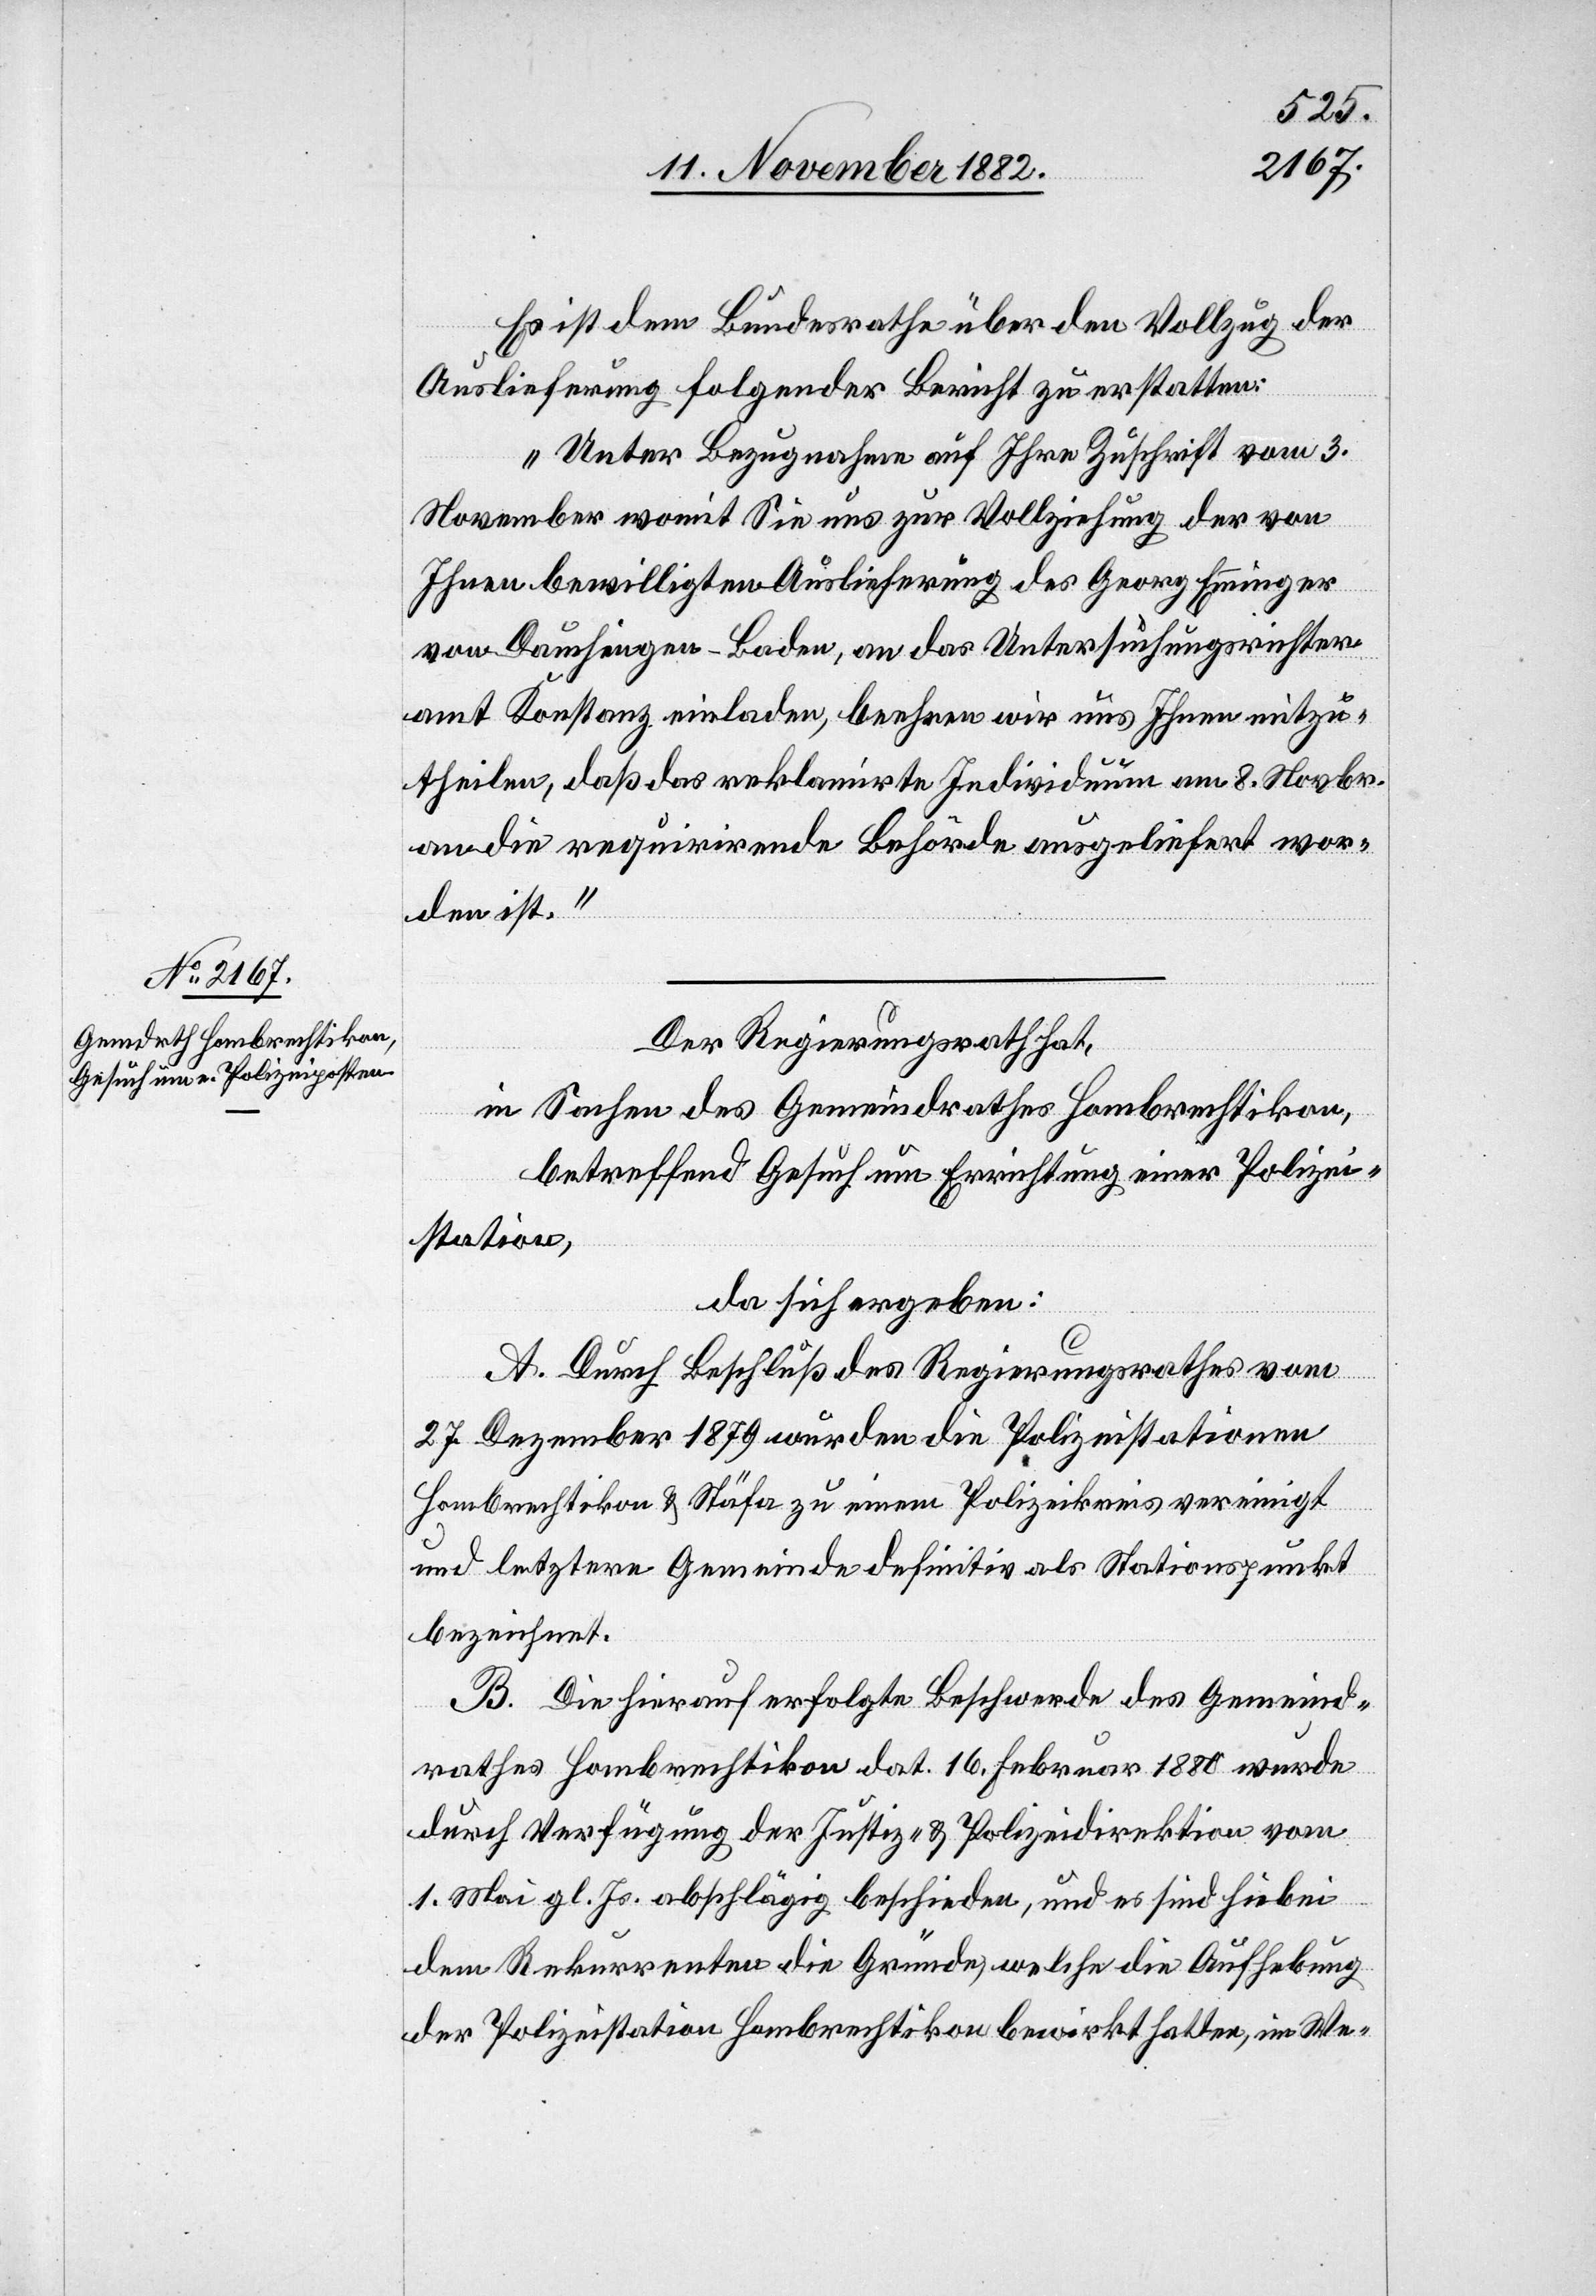
Es ist dem Bundesrathe über den Vollzug der
Auslieferung folgender Bericht zu erstatten:
„Unter Bezugnahme auf Ihre Zuschrift vom 3.
November womit Sie uns zur Vollziehung der von
Ihnen bewilligten Auslieferung des Georg Emminger
von Dauchingen - Baden, an das Untersuchungsrichter¬
amt Konstanz einladen, beehren wir uns Ihnen mitzu¬
theilen, daß das reklamirte Individuum am 8. Novbr.
an die Requirirende Behörde ausgeliefert wor¬
den ist.“
Der Regierungsrath hat,
in Sachen des Gemeindrathes Hombrechtikon,
betreffend Gesuch um Errichtung einer Polizei¬
station,
da sich ergeben:
A. Durch Beschluß des Regierungsrathes vom
27. Dezember 1879 wurden die Polizeistationen
Hombrechtikon & Stäfa zu einem Polizeikreis vereinigt
und letztere Gemeinde definitiv als Stationspunkt
bezeichnet.
B. Die hierauf erfolgte Beschwerde des Gemeind¬
rathes Hombrechtikon dat. 16. Februar 1880 wurde
durch Verfügung der Justiz- & Polizeidirektion vom
1. Mai gl. Js. abschlägig beschieden, und es sind hiebei
dem Rekurrenten die Gründe, welche die Aufhebung
der Polizeistation Hombrechtikon bewirkt hatten, im We-